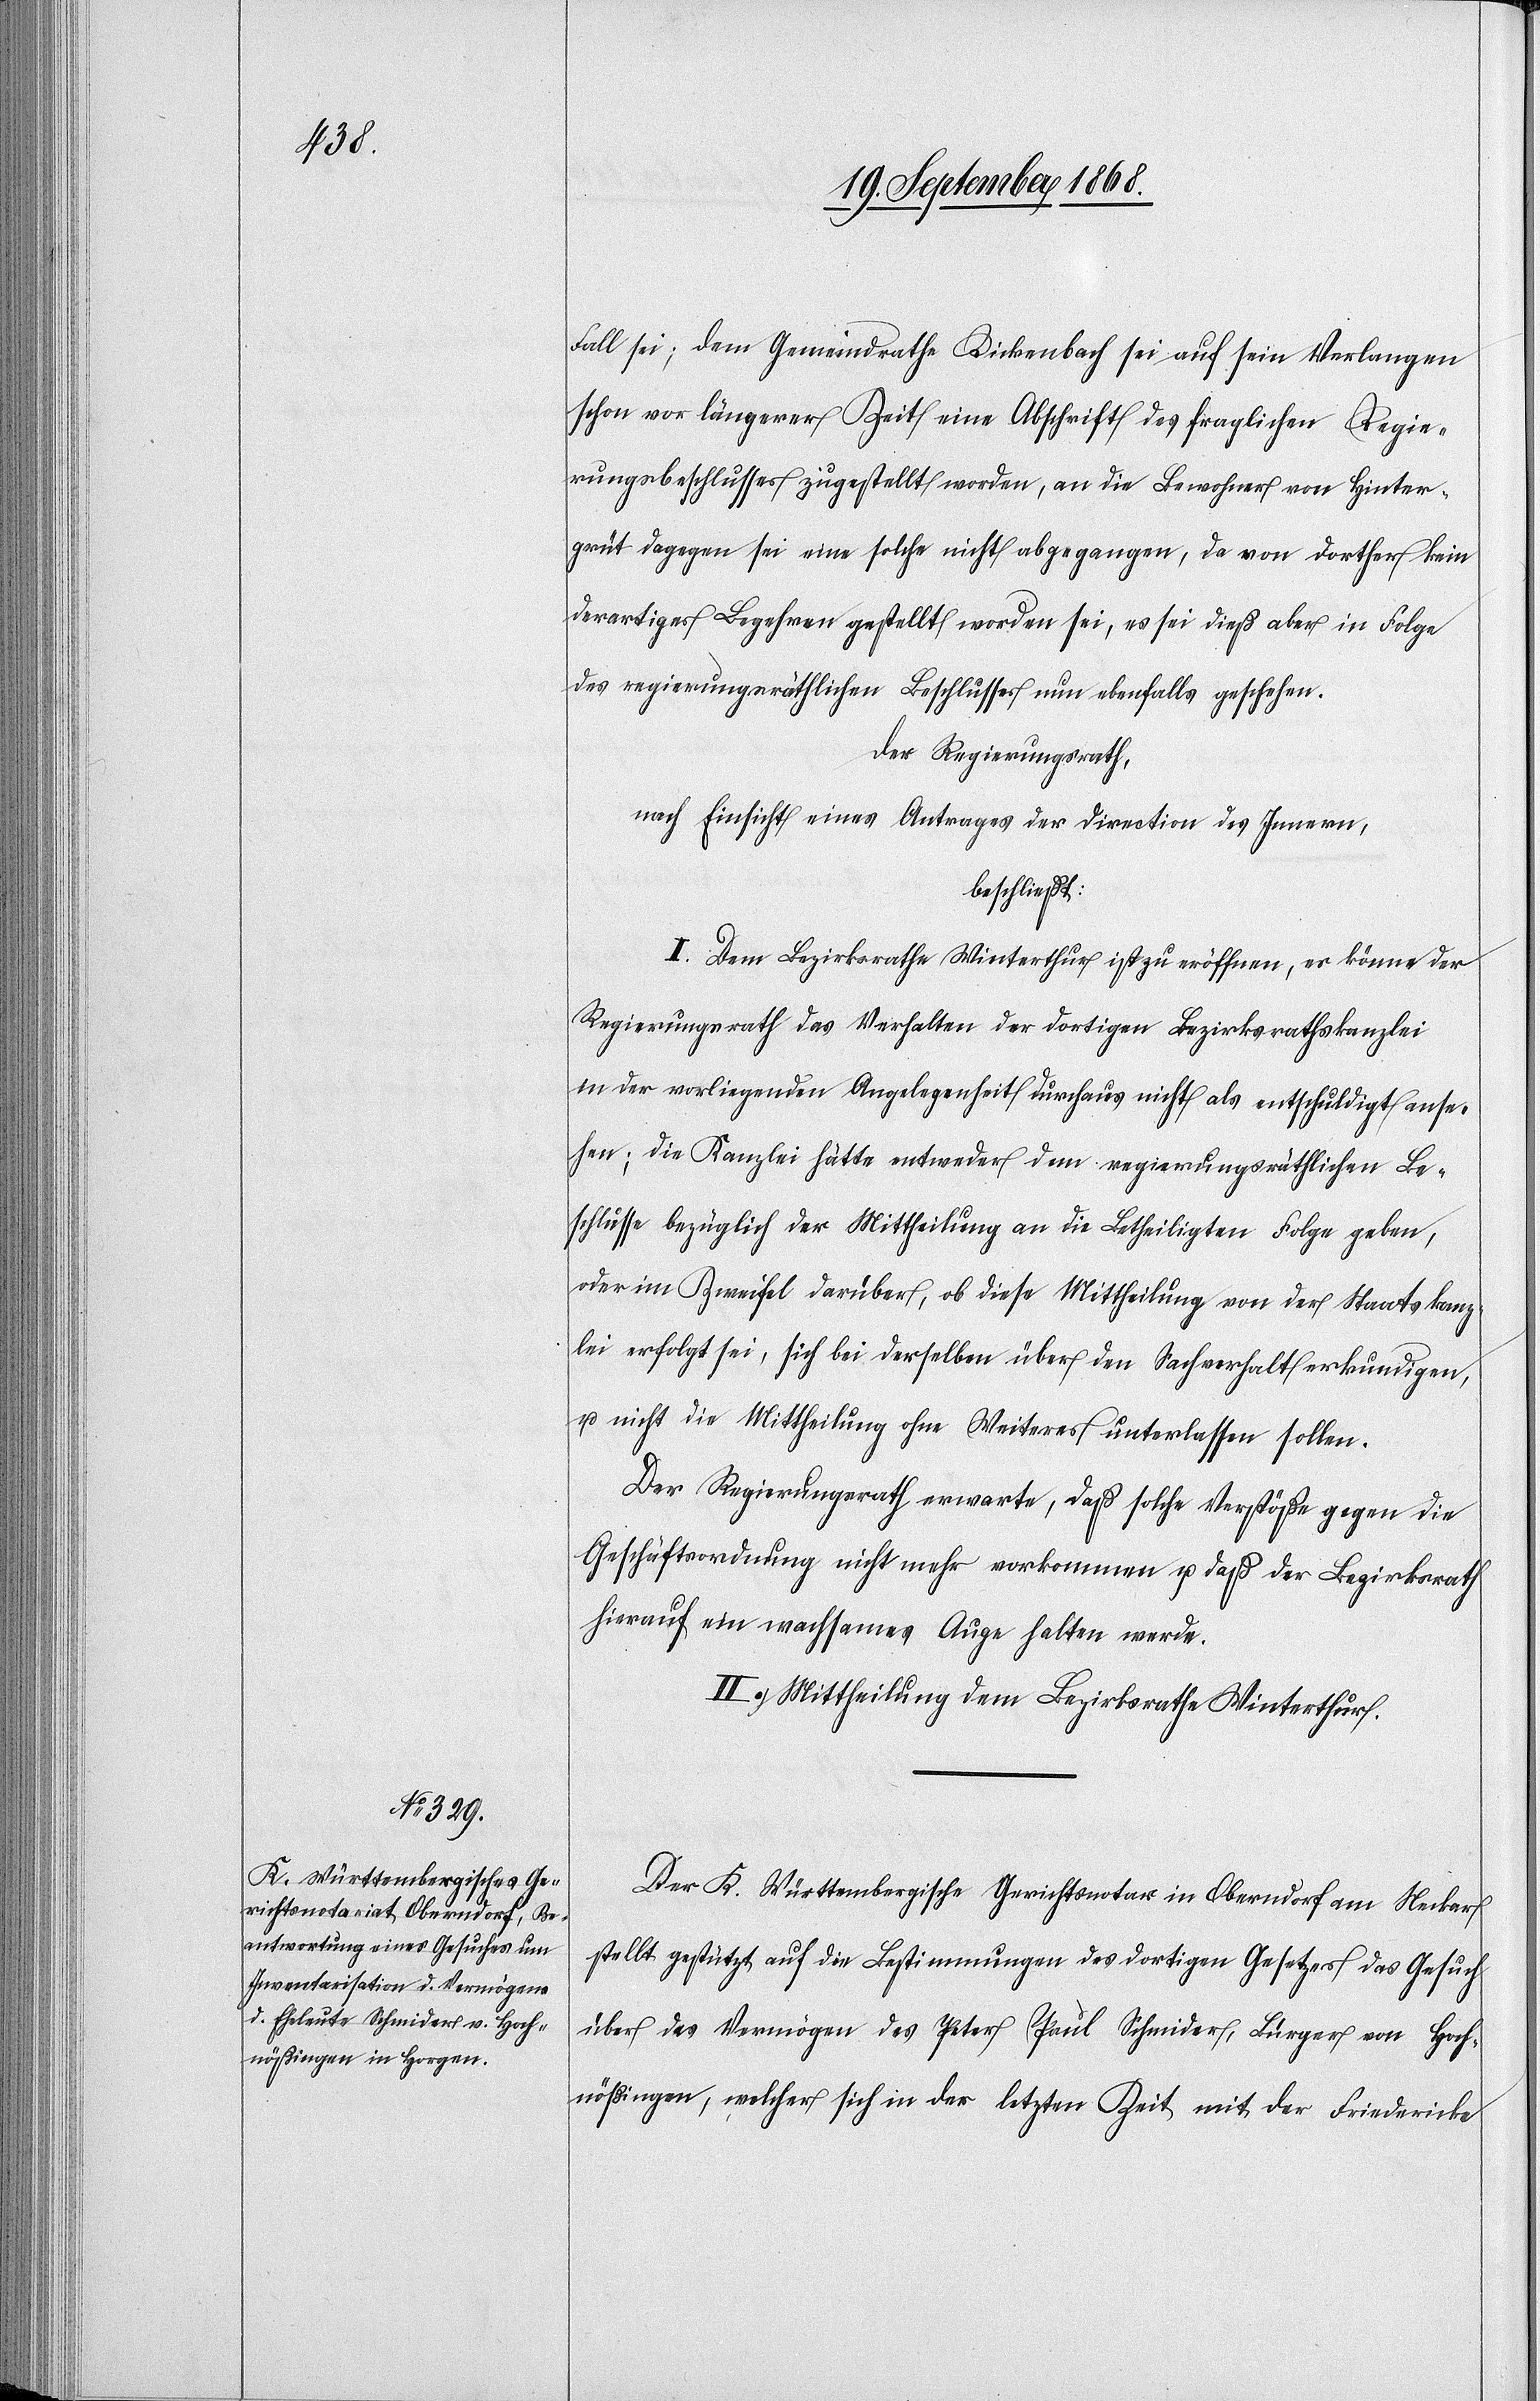
Fall sei; dem Gemeindrathe Rickenbach sei auf sein Verlangen
schon vor längerer Zeit eine Abschrift des fraglichen Regie¬
rungsbeschlusses zugestellt worden, an die Bewohner von Hinter¬
grüt dagegen sei eine solche nicht abgegangen, da von dorther kein
derartiges Begehren gestellt worden sei, es sei dieß aber in Folge
des regierungsräthlichen Beschlusses nun ebenfalls geschehen.
Der Regierungsrath,
nach Einsicht eines Antrages der Direction des Innern,
beschließt:
I. Dem Bezirksrathe Winterthur ist zu eröffnen, es könne der
Regierungsrath das Verhalten der dortigen Bezirksrathskanzlei
in der vorliegenden Angelegenheit durchaus nicht als entschuldigt anse¬
hen; die Kanzlei hätte entweder dem regierungsräthlichen Be¬
schlusse bezüglich der Mittheilung an die Betheiligten Folge geben,
oder im Zweifel darüber, ob diese Mittheilung von der Staatskanz¬
lei erfolgt sei, sich bei derselben über den Sachverhalt erkundigen,
u. nicht die Mittheilung ohne Weiteres unterlassen sollen.
Der Regierungsrath erwarte, daß solche Verstöße gegen die
Geschäftsordnung nicht mehr vorkommen u. daß der Bezirksrath
hierauf ein wachsames Auge halten werde.
II. Mittheilung dem Bezirksrathe Winterthur.
Der K. Württembergische Gerichtsnotar in Oberndorf am Neckar
stellt gestützt auf die Bestimmungen des dortigen Gesetzes das Gesuch
über das Vermögen des Peter Paul Schmider, Bürger von Hoch¬
nößingen, welcher sich in der letzten Zeit mit der Friedericke